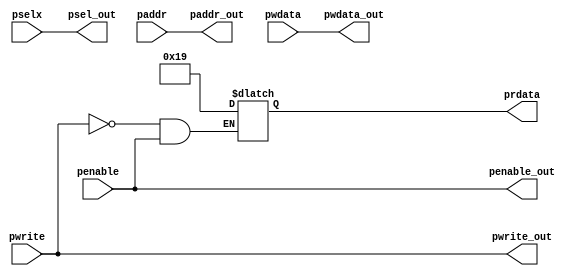
module apb_interface (input pwrite,penable,input [2:0] pselx, input [31:0] paddr,pwdata,
output pwrite_out,penable_out,output [2:0] psel_out,output [31:0] paddr_out,pwdata_out,output reg [31:0] prdata);

assign pwrite_out=pwrite;
assign penable_out=penable;
assign psel_out=pselx;
assign pwdata_out=pwdata;
assign paddr_out=paddr;

always @(*)
begin
 if(!pwrite==1 &&penable)
 prdata=8'd25;
end

endmodule